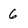
Character: 6